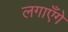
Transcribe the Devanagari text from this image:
लगाएँगे